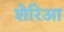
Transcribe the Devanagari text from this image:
शेरिआ